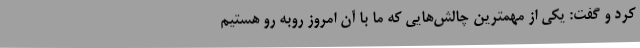
کرد و گفت: یکی از مهمترین چالش‌هایی که ما با آن امروز روبه رو هستیم